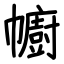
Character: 幮